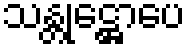
သန္တုဋ္ဌောပေ